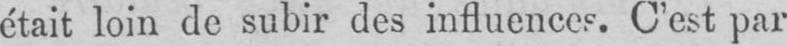
était loin de subir des influence. C’est par